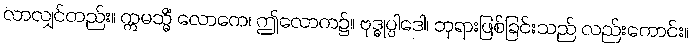
လာလျှင်တည်း။ ဣမသ္မိံ လောကေ၊ ဤလောက၌။ ဗုဒ္ဓုပ္ပါဒေါ၊ ဘုရားဖြစ်ခြင်းသည် လည်းကောင်း။